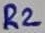
Text: R2